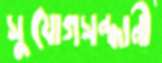
সুযোগসন্ধানী